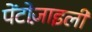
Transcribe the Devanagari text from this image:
पेंटोज़ाइली